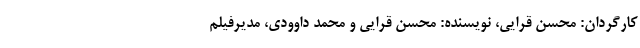
کارگردان: محسن قرایی، نویسنده: محسن قرایی و محمد داوودی، مدیرفیلم